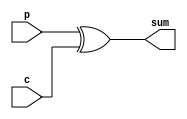
`timescale 1ns / 1ps
//////////////////////////////////////////////////////////////////////////////////
// Company: 
// Engineer: 
// 
// Design Name: 
// Module Name: basic_add
// Project Name: 
// Target Devices: 
// Tool Versions: 
// Description: 
// 
// Dependencies: 
// 
// Revision:
// Revision 0.01 - File Created
// Additional Comments:
// 
//////////////////////////////////////////////////////////////////////////////////


module basic_add(input c, input p, output reg sum );
always @(c, p)
begin
    sum = p ^ c;
end
endmodule